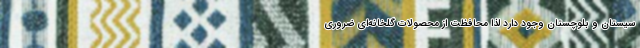
سیستان و بلوچستان وجود دارد لذا محافظت از محصولات گلخانه‌ای ضروری